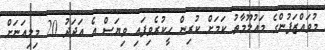
މުވައްޒަފުންގެ މައުލޫމާތު ކަމަށް ކުރިން ހީކުރެވިފައި ވިޔަސް އެ އަދަދު 20 މިލިއަނަށް